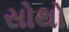
સોથો